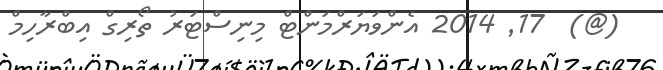
(@)  17